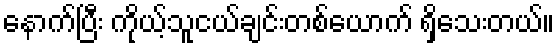
နောက်ပြီး ကိုယ့်သူငယ်ချင်းတစ်ယောက် ရှိသေးတယ်။